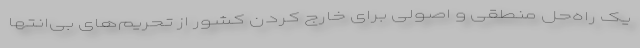
یک راه‌حل منطقی و اصولی برای خارج کردن کشور از تحریم‌های بی‌انتها